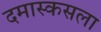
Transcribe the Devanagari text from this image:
दमास्कसला